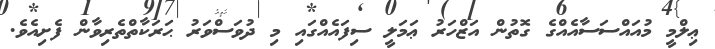
ޢިލްމީ މުއައްސަސާއެއްގެ ގޮތުން އަޒްހަރު ޢަމަލީ ސިފައެއްގައި މި ދުވަސްވަރު ޙަރަކާތްތެރިވާން ފެށިއެވެ.